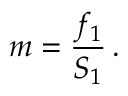
m = { \frac { f _ { 1 } } { S _ { 1 } } } \, .